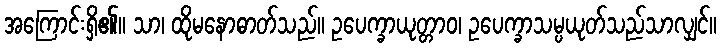
အကြောင်းရှိ၏။ သာ၊ ထိုမနောဓာတ်သည်။ ဥပေက္ခာယုတ္တာဝ၊ ဥပေက္ခာသမ္ပယုတ်သည်သာလျှင်။